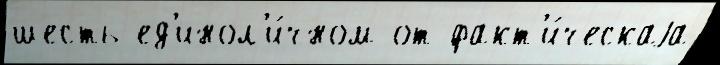
шесть ед'инол'и́чном от факт'и́ческаjа